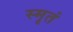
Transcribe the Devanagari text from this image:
स्मृतं